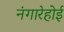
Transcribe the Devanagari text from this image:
नंगारेहोई